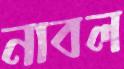
নাবল